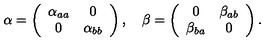
\alpha = \left( \begin{array} { c c } { \alpha _ { a a } } & { 0 } \\ { 0 } & { \alpha _ { b b } } \\ \end{array} \right) , \quad \beta = \left( \begin{array} { c c } { 0 } & { \beta _ { a b } } \\ { \beta _ { b a } } & { 0 } \\ \end{array} \right) .